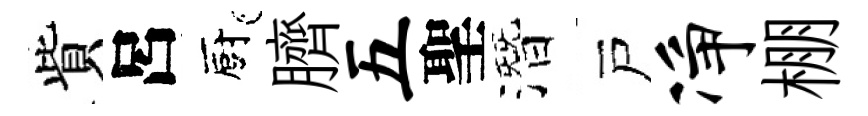
貲呂廚臍五聖潛戸净棚